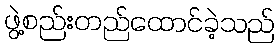
ဖွဲ့စည်းတည်ထောင်ခဲ့သည်